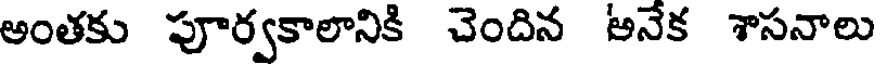
అంతకు పూర్వకాలానికి చెందిన అనేక శాసనాలు